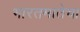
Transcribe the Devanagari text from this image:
भारतमातेचा